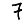
Digit: 7